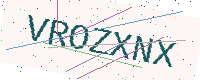
Text: VROZXNX